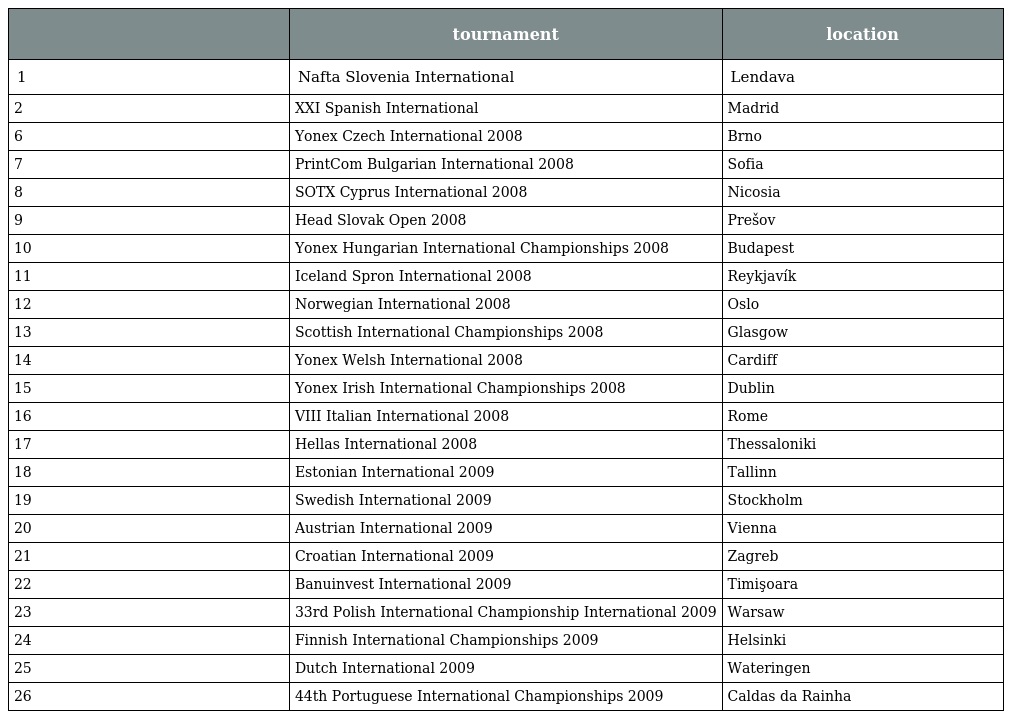
|  | tournament | location |
 | --- | --- | --- |
 | 1 | Nafta Slovenia International | Lendava |
 | 2 | XXI Spanish International | Madrid |
 | 6 | Yonex Czech International 2008 | Brno |
 | 7 | PrintCom Bulgarian International 2008 | Sofia |
 | 8 | SOTX Cyprus International 2008 | Nicosia |
 | 9 | Head Slovak Open 2008 | Prešov |
 | 10 | Yonex Hungarian International Championships 2008 | Budapest |
 | 11 | Iceland Spron International 2008 | Reykjavík |
 | 12 | Norwegian International 2008 | Oslo |
 | 13 | Scottish International Championships 2008 | Glasgow |
 | 14 | Yonex Welsh International 2008 | Cardiff |
 | 15 | Yonex Irish International Championships 2008 | Dublin |
 | 16 | VIII Italian International 2008 | Rome |
 | 17 | Hellas International 2008 | Thessaloniki |
 | 18 | Estonian International 2009 | Tallinn |
 | 19 | Swedish International 2009 | Stockholm |
 | 20 | Austrian International 2009 | Vienna |
 | 21 | Croatian International 2009 | Zagreb |
 | 22 | Banuinvest International 2009 | Timişoara |
 | 23 | 33rd Polish International Championship International 2009 | Warsaw |
 | 24 | Finnish International Championships 2009 | Helsinki |
 | 25 | Dutch International 2009 | Wateringen |
 | 26 | 44th Portuguese International Championships 2009 | Caldas da Rainha |